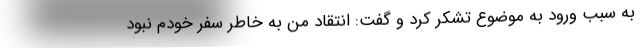
به سبب ورود به موضوع تشکر کرد و گفت: انتقاد من به خاطر سفر خودم نبود